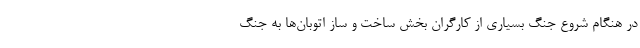
در هنگام شروع جنگ بسیاری از کارگران بخش ساخت و ساز اتوبان‌ها به جنگ